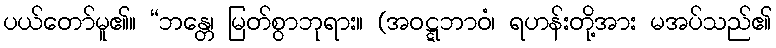
ပယ်တော်မူ၏။ “ဘန္တေ၊ မြတ်စွာဘုရား။ (အဝဋ္ဋဘာဝံ၊ ရဟန်းတို့အား မအပ်သည်၏